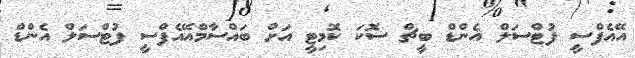
އޭއެފްސީ ފުޓްސަލް އެންޑް ބީޗް ސޮކަ ކޮމިޓީ އަށް ބައްސާމްއޭއެފްސީ ފުޓްސަލް އެންޑް